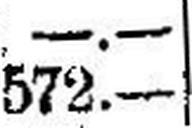
572.—